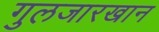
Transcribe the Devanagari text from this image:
गुलजारखान